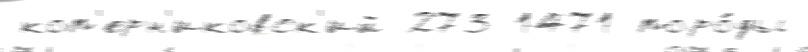
коп'ерн'иковск'ий 273 1471 поро́ды